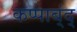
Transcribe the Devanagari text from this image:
कप्पाब्ंद्